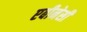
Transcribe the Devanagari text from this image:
एबीनेसी